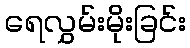
ရေလွှမ်းမိုးခြင်း